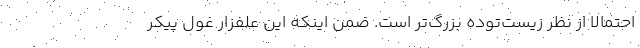
احتمالاً از نظر زیست‌توده بزرگ‌تر است. ضمن اینکه این علفزار غول پیکر